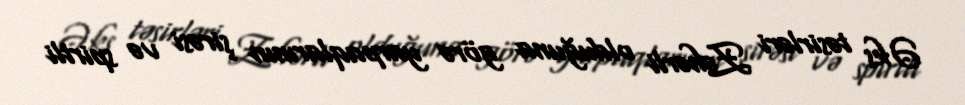
Əks təsirləri Zəhərli olduğuna görə yarpaqlarının şirəsi və spirtli